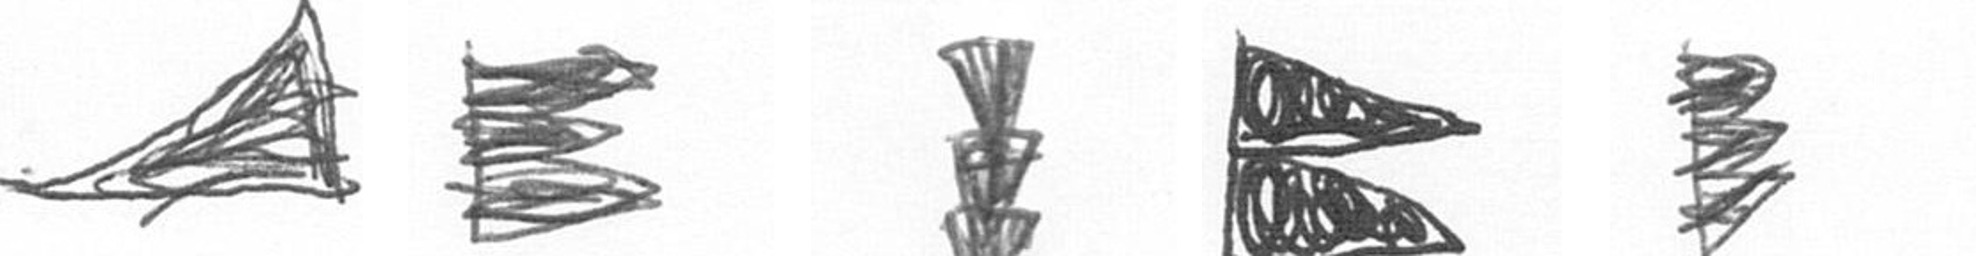
O H E P H